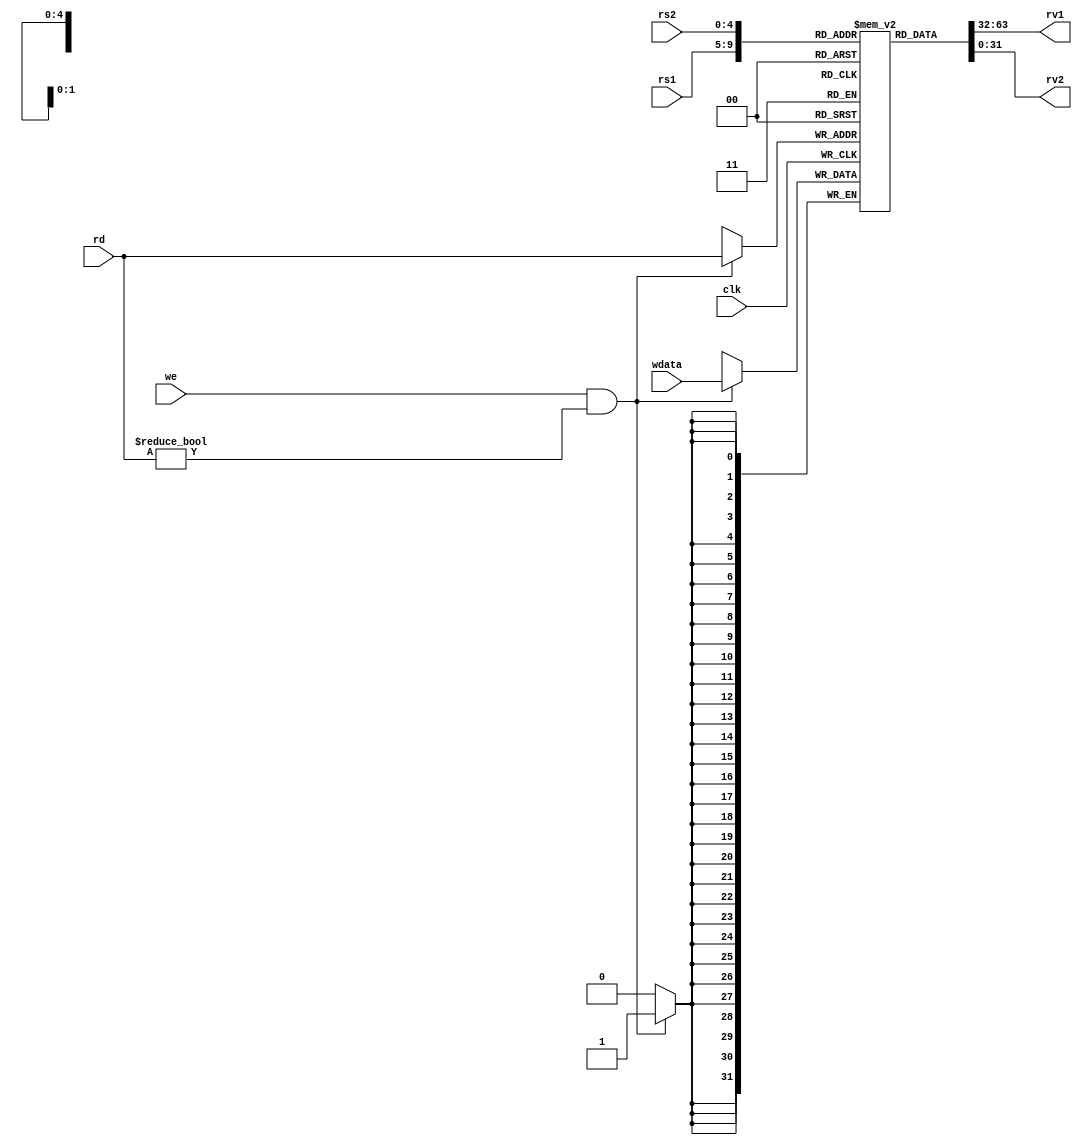
module register(
    input [4:0] rs1,     // address of first operand to read - 5 bits
    input [4:0] rs2,     // address of second operand
    input [4:0] rd,      // address of value to write
    input we,            // should write update occur
    input [31:0] wdata,  // value to be written
    output [31:0] rv1,   // First read value
    output [31:0] rv2,   // Second read value
    input clk           // Clock signal - all changes at clock posedge
);
    reg [31:0] A [31:0]; //32 32-bit registers
    integer i;           //variable for for-loop
    initial 
      begin
        for(i=0; i<32 ; i=i+1) 
            A[i] <= 32'b0;          //initializing the registers to 0
      end
    
    // Desired function
    // rv1, rv2 are combinational outputs - they will update whenever rs1, rs2 change
    // on clock edge, if we=1, regfile entry for rd will be updated
    
    assign rv1 = A[rs1];           //Assigning the value in address rs1
    assign rv2 = A[rs2];           //Assigning the value in address rs2
    
    always@(posedge clk) 
    begin
        if(we & rd!=32'b0) A[rd] <= wdata;        //writing the data at positive clock edge when write enable is ON and x0 is always 0
    end
            


endmodule